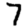
Digit: 7